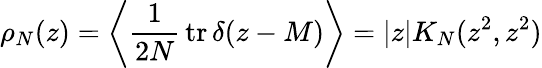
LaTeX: \rho_{N}(z)=\left\langle\frac{1}{2N}\, \mathrm{tr}\, \delta(z-M)\right\rangle=|z|K_{N}(z^{2},z^{2})